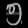
Digit: ၅